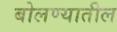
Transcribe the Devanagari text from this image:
बोलण्यातील